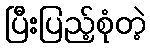
ပြီးပြည့်စုံတဲ့